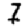
Digit: 7